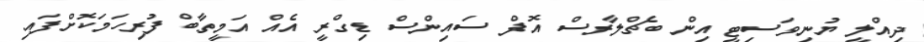
ދިއްލީ ޔުނިވަސިޓީ އިން ބެޗްލާރސް އޮފް ސައިންސް ޑިގްރީ އެއް އަމީތާބް ފުރިހަމަކޮށްފައި